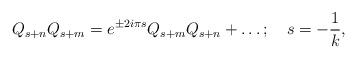
LaTeX: \begin{align*}Q_{s+n}Q_{s+m}=e^{\pm 2i{\pi} s}Q_{s+m}Q_{s+n}+ \ldots;\quad s= {-{1\over k}},\end{align*}